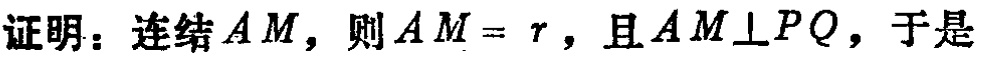
证明：连结 \(AM\)，则 \(AM = r\)，且 \(AM\perp PQ\)，于是